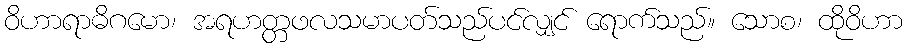
ဝိဟာရာဓိဂမော၊ အရဟတ္တဖလသမာပတ်သည်ပင်လျှင် ရောက်သည်။ သောစ၊ ထိုဝိဟာ